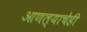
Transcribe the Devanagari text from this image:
आणल्याचेही